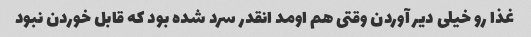
غذا رو خیلی دیر آوردن وقتی هم اومد انقدر سرد شده بود که قابل خوردن نبود